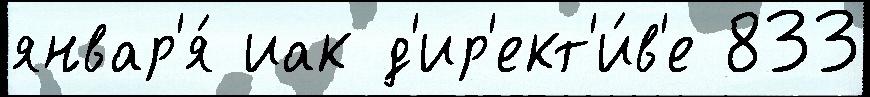
январ'я́ иак д'ир'ект'и́в'е 833